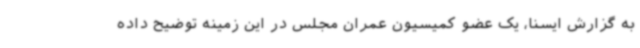
به گزارش ایسنا، یک عضو کمیسیون عمران مجلس در این زمینه توضیح داده